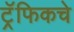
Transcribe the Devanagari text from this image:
ट्रॅफिकचे